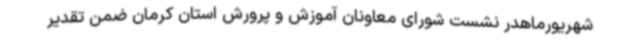
شهریورماهدر نشست شورای معاونان آموزش و پرورش استان کرمان ضمن تقدیر